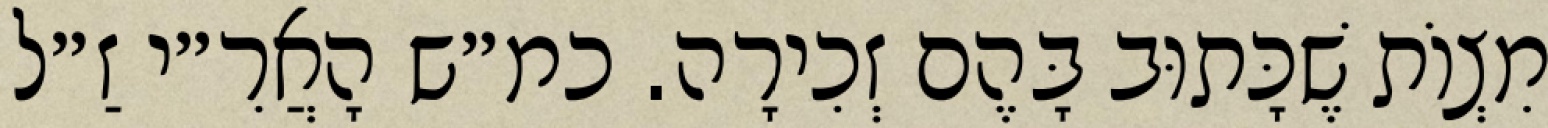
מִצְוֹת שֶׁכָּתוּב בָּהֶם זְכִירָה. כמ״ש הָאֲרִ״י זַ״ל